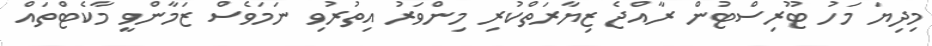
މިދިޔަ މަހު ޓޫރިސްޓުން ރާއްޖެ ޒިޔާރަތްކުރި މިންވަރު އިތުރުވި ނަމަވެސް ޒަމާންވީ މާކެޓްތައް